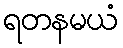
ရတနမယံ